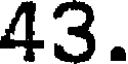
43.